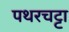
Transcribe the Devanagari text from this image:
पथरचट्टा